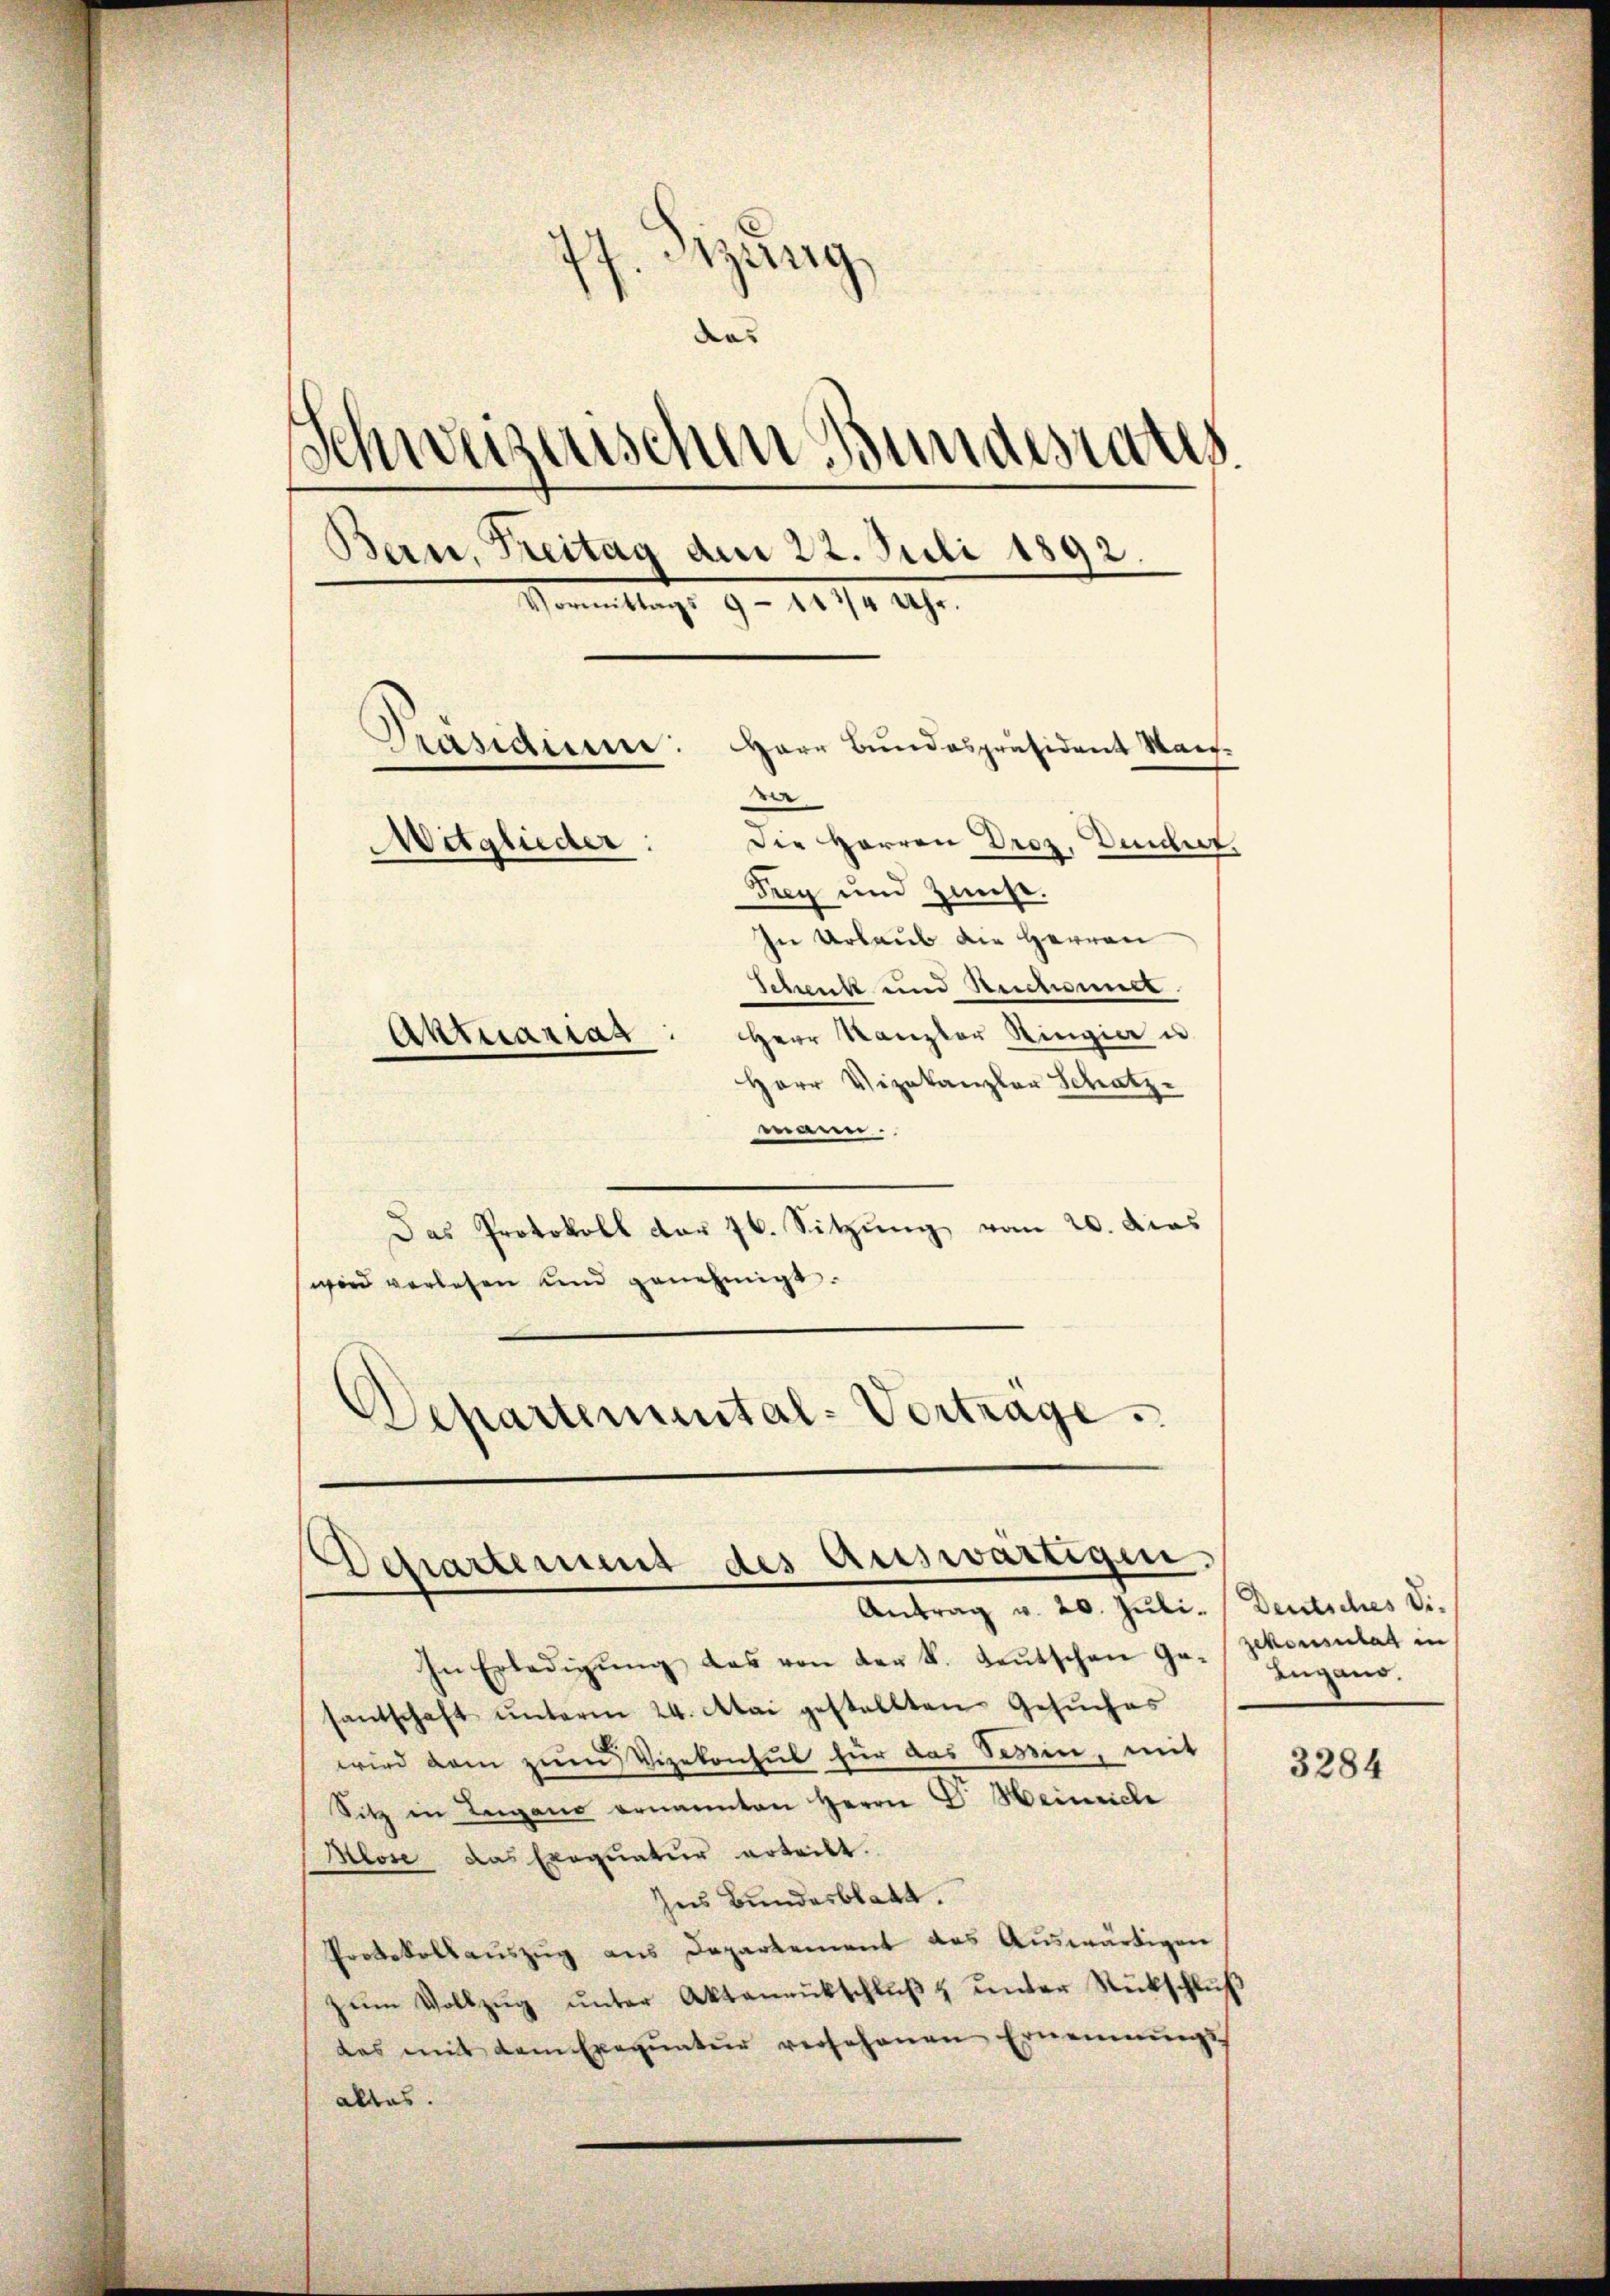
7. Sizung
das
Schweizerischen Bundesrats
Bern, Freitag den 22. Juli 1892.
Vormittags 9 - 11 1/4 Uhr.
Herr Bundespräsident Mai
Präsidium:
e
Die Herren Droz. Vindirt.
Mitglieder
Frey und Zinse.
In Urlaub die Herren
Schenk und Rentmeist
Herr Kanzler Ringia u
Aktuariat
Herr Vizekanzler Schatz

mann.
Das Protokoll der 76. Sitzung vom 20. das
wird verlesen und genehmigt.
Departemental-Vortrage.

Scharterung des Auswärtige.
Antrag v. 20. Juli. Deutsches Di¬

In Erledigŭng das von der S. Leŭtschen Ga-Schausulat in
santschaft ŭnterm 24. Mai gestellten Gesŭches
wird dem zum Vizekonsul für das Sessen, mit
Sitz in Lugano ernannten Herrn C. Heinriche
Alose das Exequatur erteilt.
Ins Bundesblatt.
Protokollauszug aus Departement das Auswärtigen,
zŭm Vollzŭg ŭnter Aktenrütschlŭβ u ŭnter Rückschlŭβ
das mit dem Exequatur versehenen Ernennungsalles.

Lugano.

3284